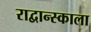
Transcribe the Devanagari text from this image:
राद्वान्स्काला